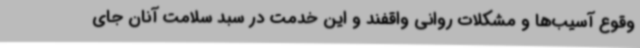
وقوع آسیب‌ها و مشکلات روانی واقفند و این خدمت در سبد سلامت آنان جای